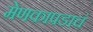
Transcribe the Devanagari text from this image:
मेणकापडाचं